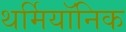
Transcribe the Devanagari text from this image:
थर्मियॉनिक